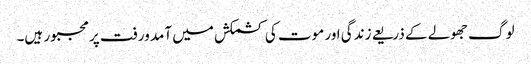
لوگ جھولے کے ذریعے زندگی اور موت کی کشمکش میں آمد ورفت پر مجبور ہیں۔